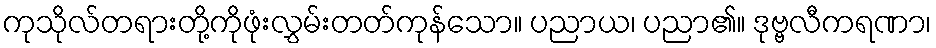
ကုသိုလ်တရားတို့ကိုဖုံးလွှမ်းတတ်ကုန်သော။ ပညာယ၊ ပညာ၏။ ဒုဗ္ဗလီကရဏာ၊